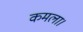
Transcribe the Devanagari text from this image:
कमला।